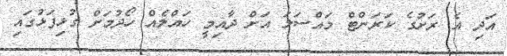
އަދި އެ ރަށުގެ ކަރަންޓް މައްސަލަ އަށް ދާއިމީ ހައްލެއް ހޯދުމަށް ގުޅިފަޅުގައި